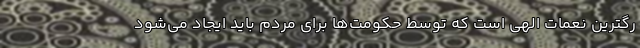
رگترین نعمات الهی است که توسط حکومت‌ها برای مردم باید ایجاد می‌شود